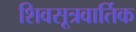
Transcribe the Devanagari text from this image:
शिवसूत्रवार्तिक